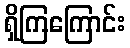
ရှိကြကြောင်း